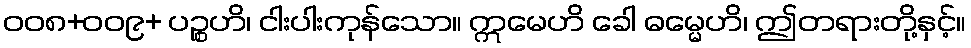
ဝဝ၈+ဝဝ၉+ ပဉ္စဟိ၊ ငါးပါးကုန်သော။ ဣမေဟိ ခေါ ဓမ္မေဟိ၊ ဤတရားတို့နှင့်။